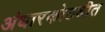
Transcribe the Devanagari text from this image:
अंधारकोठडीत